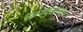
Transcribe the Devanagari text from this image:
समुहगत